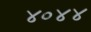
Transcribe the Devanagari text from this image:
४०४४